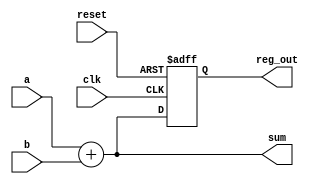
module example_logic (
    input wire clk,          // Clock signal
    input wire reset,        // Reset signal
    input wire [3:0] a,      // 4-bit input
    input wire [3:0] b,      // 4-bit input
    output reg [3:0] sum,     // 4-bit output for sum
    output reg [3:0] reg_out  // 4-bit output for register
);

// Combinational Logic using always @*
always @* begin
    sum = a + b; // Sum of inputs a and b
end

// Sequential Logic using always @ (posedge clk)
always @ (posedge clk or posedge reset) begin
    if (reset) begin
        reg_out <= 4'b0000; // Reset register output to 0
    end else begin
        reg_out <= sum; // Update register output with the sum on clock edge
    end
end

endmodule